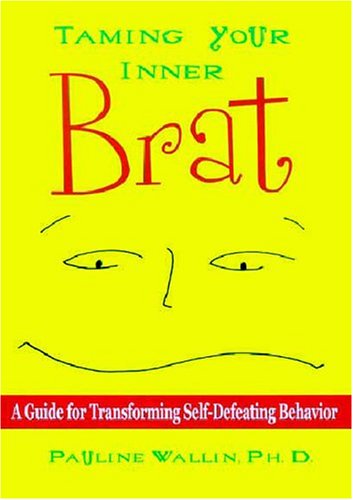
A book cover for Taming Your Inner Brat: A Guide for Transforming Self-Defeating Behavior; Pauline Wallin; Self-Help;